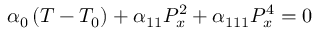
\alpha _ { 0 } \left( T - T _ { 0 } \right) + \alpha _ { 1 1 } P _ { x } ^ { 2 } + \alpha _ { 1 1 1 } P _ { x } ^ { 4 } = 0